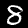
Label: 8